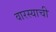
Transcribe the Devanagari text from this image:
वारस्याची